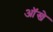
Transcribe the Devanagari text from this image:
आॅखे